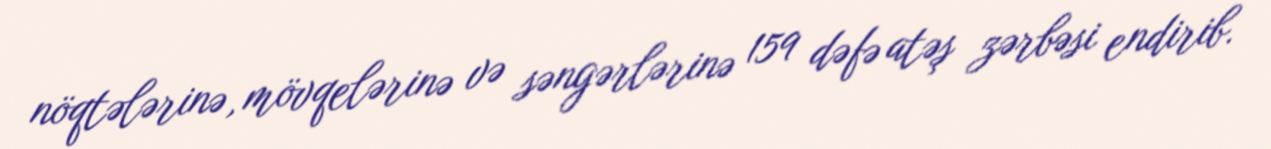
nöqtələrinə, mövqelərinə və səngərlərinə 159 dəfə atəş zərbəsi endirib.